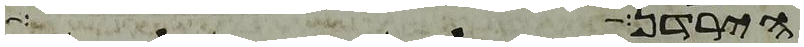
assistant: הירדן ההר